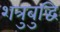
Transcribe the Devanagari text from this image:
शत्रुबुद्धि